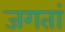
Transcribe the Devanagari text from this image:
जगतां